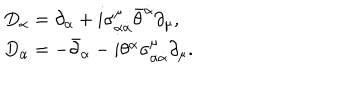
\begin{array} { l l } { { D _ { \alpha } = \partial _ { \alpha } + i \sigma _ { \alpha \dot { \alpha } } ^ { \mu } \bar { \theta } ^ { \dot { \alpha } } \partial _ { \mu } , } } \\ { { D _ { \dot { \alpha } } = - \bar { \partial } _ { \alpha } - i \theta ^ { \alpha } \sigma _ { \alpha \dot { \alpha } } ^ { \mu } \partial _ { \mu } . } } \\ \end{array}